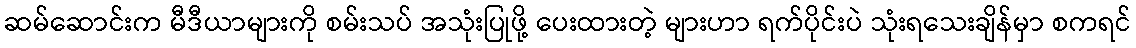
ဆမ်ဆောင်းက မီဒီယာများကို စမ်းသပ် အသုံးပြုဖို့ ပေးထားတဲ့ များဟာ ရက်ပိုင်းပဲ သုံးရသေးချိန်မှာ စကရင်